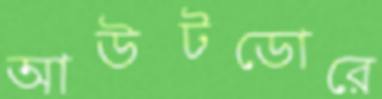
আউটডোরে